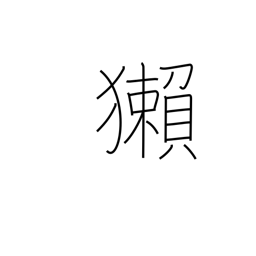
Meaning: otter